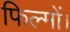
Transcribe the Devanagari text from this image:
फिल्मों।